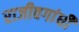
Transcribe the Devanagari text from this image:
राजीवगांधी